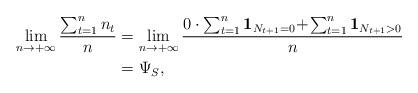
LaTeX: \begin{align*}\lim_{n \to +\infty} \frac{\sum_{t=1}^{n}n_t}{n} &= \lim_{n \to +\infty} \frac{0\cdot\sum_{t=1}^n \mathbf{1}_{N_{t+1}=0}\!+\! \sum_{t=1}^n \mathbf{1}_{N_{t+1}>0}}{n} \\&= \Psi_S,\end{align*}